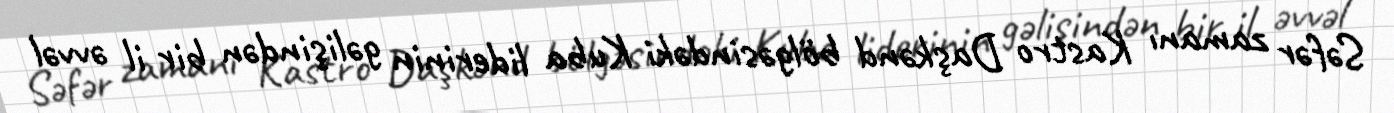
Səfər zamanı Kastro Daşkənd bölgəsindəki Kuba liderinin gəlişindən bir il əvvəl